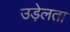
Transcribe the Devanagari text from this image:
उड़ेलता